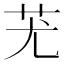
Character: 𦬓